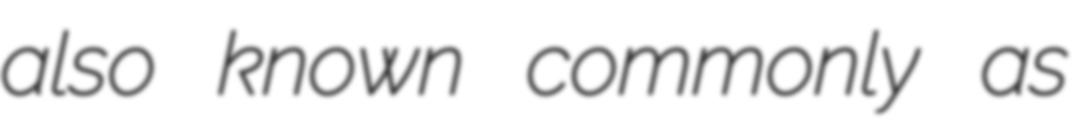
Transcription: also known commonly as